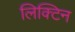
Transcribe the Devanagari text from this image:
लिक्टिन